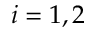
i = 1 , 2